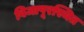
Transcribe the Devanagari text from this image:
विजापूरस्थित